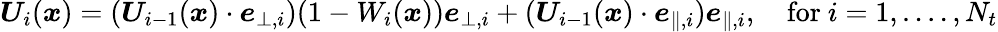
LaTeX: \boldsymbol{U}_{i}(\boldsymbol{x})=(\boldsymbol{U}_{i-1}(\boldsymbol{x})\cdot\boldsymbol{e}_{\bot,i})(1-W_{i}(\boldsymbol{x}))\boldsymbol{e}_{\bot,i}+(\boldsymbol{U}_{i-1}(\boldsymbol{x})\cdot\boldsymbol{e}_{\parallel,i})\boldsymbol{e}_{\parallel,i},\quad\mathrm{for}\ i=1,....,N_{t}